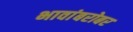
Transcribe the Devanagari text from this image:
भावांबरोबर